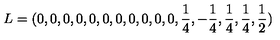
L = ( 0 , 0 , 0 , 0 , 0 , 0 , 0 , 0 , 0 , 0 , 0 , { \frac { 1 } { 4 } } , - { \frac { 1 } { 4 } } , { \frac { 1 } { 4 } } , { \frac { 1 } { 4 } } , { \frac { 1 } { 2 } } )